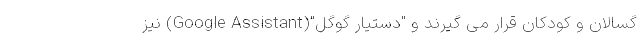
گسالان و کودکان قرار می گیرند و "دستیار گوگل"(Google Assistant) نیز